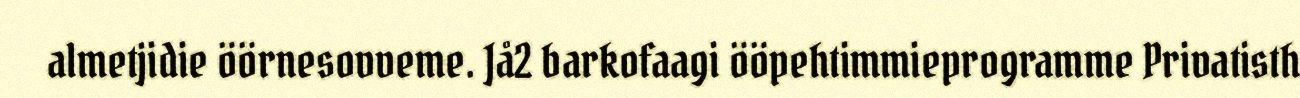
almetjidie öörnesovveme. Jå2 barkofaagi ööpehtimmieprogramme Privatisth